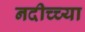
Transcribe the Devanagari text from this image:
नदीच्च्या